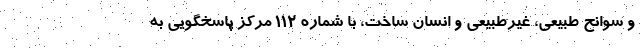
و سوانح طبیعی، غیرطبیعی و انسان ساخت، با شماره ۱۱۲ مرکز پاسخگویی به